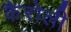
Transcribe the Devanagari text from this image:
कैरोली